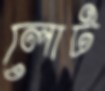
লোট